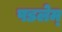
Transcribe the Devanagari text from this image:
पडलेम्